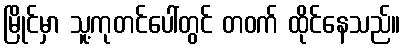
မြိုင်မှာ သူ့ကုတင်ပေါ်တွင် တဝက် ထိုင်နေသည်။